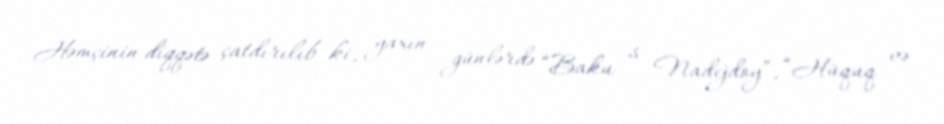
Həmçinin diqqətə çatdırılıb ki, yaxın günlərdə “Baku s Nadejdoy”, “Hüquq və